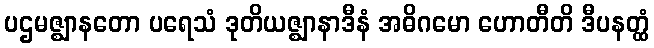
ပဌမဇ္ဈာနတော ပရေသံ ဒုတိယဇ္ဈာနာဒီနံ အဓိဂမော ဟောတီတိ ဒီပနတ္ထံ